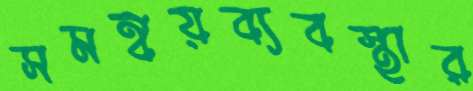
সমন্বয়ব্যবস্থার